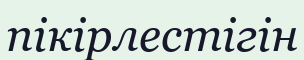
пікірлестігін